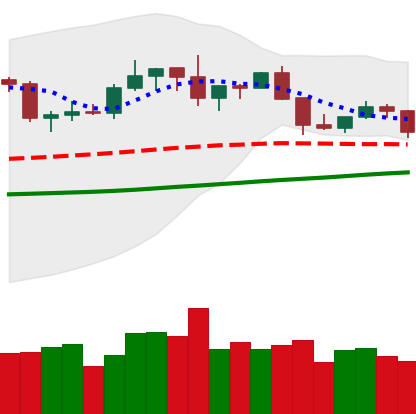
Ticker: XLM-USD
Chart end date: 2019-06-09
Forward return: 4.507%
Label: up_3_5